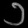
Digit: ၁